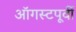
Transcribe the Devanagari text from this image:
ऑगस्टपूर्वी